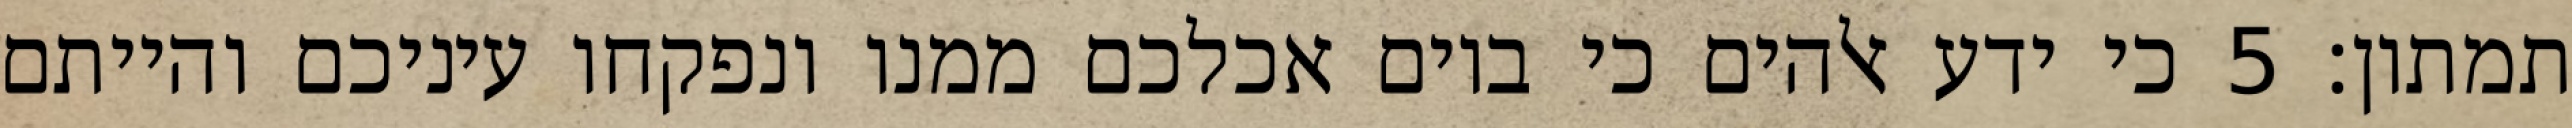
תמתון׃ ‎5‏ כי ידע אלהים כי ביום אכלכם ממנו ונפקחו עיניכם והייתם